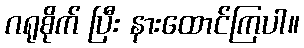
ဂရုစိုက် ပြီး နားထောင်ကြပါ။